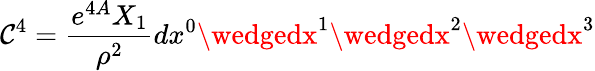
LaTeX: \mathcal{C}^{4}={\frac{{e^{4A}X_{1}}}{{\rho^{2}}}}dx^{0}\wedgedx^{1}\wedgedx^{2}\wedgedx^{3}